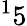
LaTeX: ^15